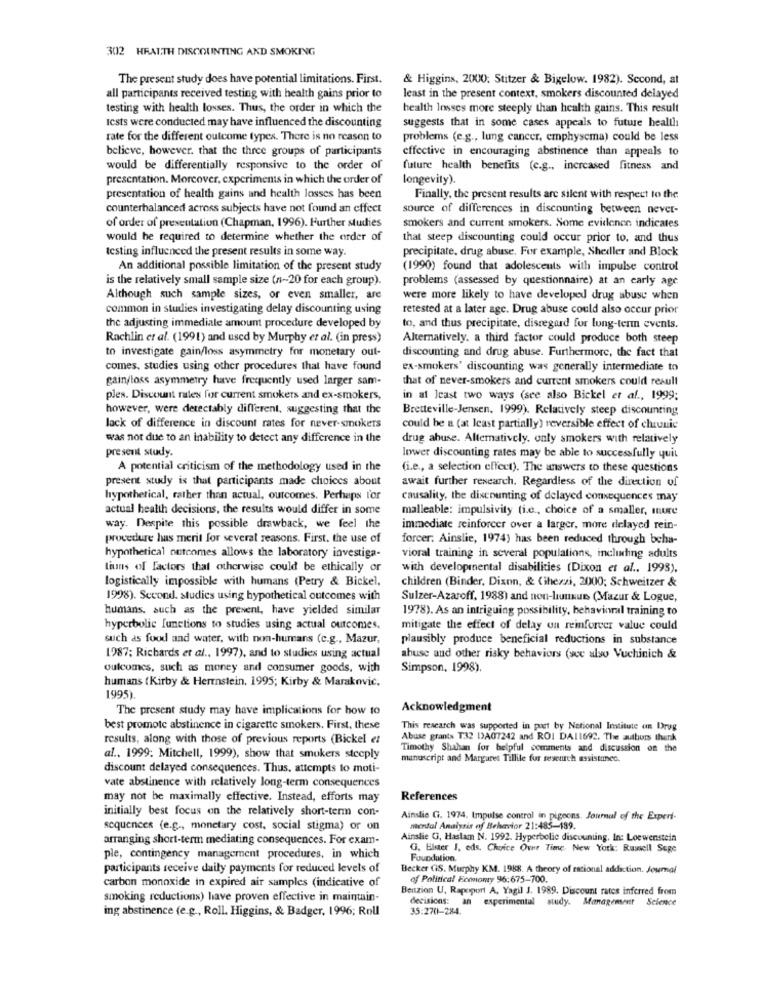
302 HEALTH DISCOUNTING AND SMOKING
The present study does have potential limitations. First.
& Higgins, 2000. Stitzer & Bigelow. 1982). Second, at
all participants received testing with health gains prior to
least in the present context, smokers discounted delayed
testing with health losses. Thus, the order in which the
health Insses more steeply than health gains. This result
suggests that in some cases appeals to future health
tests were conducted may have influenced the discounting
rate for the different outcome types. There is no reason to
problems (e.g ., lung cancer, emphysema) could be less
believe, however. that the three groups of participants
effective in encouraging abstinence than appeals to
would be differentially responsive to the order of
future health benefits (e.g ., increased fitness and
presentation. Morcover, experiments in which the order of
longevity).
presentation of health gains and health losses has been
Finally, the present results are silent with respect to the
counterbalanced across subjects have not found an effect
source of differences in discounting between never-
of order of presentation (Chapman, 1996). Further studies
smokers and current smokers. Some evidenen indicates
would be required to determine whether the order of
that steep discounting could occur prior to, and thus
testing influenced the present results in some way.
precipitate, drug abuse. For example, Shedler and Block
An additional possible limitation of the present study
(1990) found that adolescents with impulse control
is the relatively small sample size (n~20 for each group).
problems (assessed by questionnaire) at an early age
Although such sample sizes, or even smaller, are
were more likely to have developed drug abuse when
common in studies investigating delay discounting using
retested at a later agc. Drug abuse could also occur prior
the adjusting immediale amount procedure developed by
to, and thus precipitate, disregard for long-term events.
Rachlin et al. (1991) and used by Murphy et al. (in press)
Alternatively. a third factor could produce both steep
to investigate gain/loss asymmetry for monetary out-
discounting and drug abuse. Furthermore, the fact that
comes. studies using other procedures that have found
ex-smokers' discounting was generally intermediate to
gain/loss asymmetry have frequently used larger sam-
that of never-smokers and current smokers could result
ples. Discount rates for current smokers and ex-smokers,
in at least two ways (see also Bickel et af ., 1999;
however, were detectably different, suggesting that the
Bretteville-Jensen, 1999). Relatively steep discounting
lack of difference in discount rates for never-smokers
could be a (at least partially) reversible effect of chronic
was not due to an inability to detect any difference in the
drug abuse. Alternatively, only smokers with relatively
present study.
lower discounting rates may be able to successfully quit
A potential criticism of the methodology used in the
(i.e ., a selection effect). The answers to these questions
present study is that participants made choices about
await further research. Regardless of the direction of
hypothetical, rather than actual, outcomes. Perhaps l'or
causality, the discounting of delayed consequences may
actual health decisions, the results would differ in some
malleable: impulsivity (i.c ., choice of a smaller, mure
way. Despite this possible drawback, we feel the
immediate reinforcer over a larger, more delayed rein-
procedure has merit for several reasons. First, the use of
forcer. Ainslie, 1974) has been reduced through beha-
hypothetical outcomes allows the laboratory investiga-
vioral training in several populations, including adults
tiuns of factors that otherwise could be ethically or
with developmental disabilities (Dixon et al ., 1993),
logistically impossible with humans (Petry & Bickel,
children (Binder, Dixon, & Cihezzi, 2000; Schweitzer &
1998). Second. studies using hypothetical outcomes with
Sulzer-Azaroff, 1988) and non-lunun (Mazur & Logue,
humans, such as the present, have yielded similar
1978). As an intriguing possibility, behavioral training to
hyperbolic functions to studies using actual outcomes.
mitigate the effect of delay un reinforcer value could
such as food and water, with non-humans (c.g ., Mazur,
plausibly produce beneficial reductions in substance
1987; Richards et al ., 1997), and to studies using actual
abuse and other risky behaviors (see also Vuchinich &
oulcomes, such as money and consumer goods, with
Simpson, 1998).
humans (Kirby & Herrnstein, 1995; Kirby & Marakovic,
1995)
The present study may have implications for how to
Acknowledgment
best promote abstinence in cigarette smokers. First, these
This research was supported in port by National Institute an Drug
results, along with those of previous reports (Bickel et
Abuse grants T32 DA07242 and ROI DA11692. The authors thank
Timothy Shahan for helpful comments and discussion on the
al ., 1999: Mitchell, 1999), show that smokers steeply
manuscript and Margaret Tillile for research assistance.
discount delayed consequences. Thus, attempts to moti-
vate abstinence with relatively long-term consequences
may not be maximally effective. Instead, efforts may
References
initially best focus on the relatively short-term con-
Ainslie G. 1974. Impulse control in pigeons. Journal of the Experi-
sequences (e.g ., monetary cost, social stigma) or on
mental Analysis of Behavior 21:485-189.
arranging short-term mediating consequences. For exam-
Ainslie G3, Haslam N. 1992. Hyperbolic discounting, In: Loewenstein
G, Elster J, eds. Choice Over Time. New York: Russell Sege
ple, contingency management procedures, in which
Foundation.
participants receive daily payments for reduced levels of
Becker GIS. Murphy KM. 1988. A theory of racional addiction. Joumal
carbon monoxide in expired air samples (indicative of
of Political Economy 96:675-700.
Benzion U, Rapoport A, Yagil J. 1989. Discount rates inferred from
smoking reductions) have proven effective in maintain-
decisions: an experimental study. Management Science
ing abstinence (e.g ., Roll. Higgins, & Badger, 1996; Roll
35:270-284.